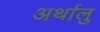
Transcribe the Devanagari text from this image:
अर्थालु